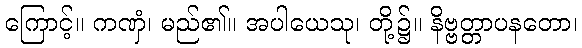
ကြောင့်။ ကဏှံ၊ မည်၏။ အပါယေသု၊ တို့၌။ နိဗ္ဗတ္တာပနတော၊